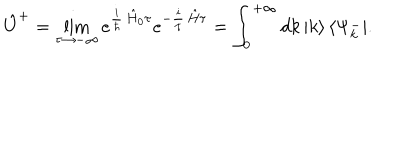
LaTeX: \hat { U } ^ { + } = \lim _ { \tau \to - \infty } e ^ { \frac { i } { \hbar } \, \hat { H } _ { 0 } \tau } e ^ { - \frac { i } { \hbar } \, \hat { H } \tau } = \int _ { 0 } ^ { + \infty } d k \, | k \rangle \, \langle \Psi _ { k } ^ { - } | .